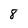
Character: 8